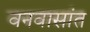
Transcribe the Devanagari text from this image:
वनवासांत